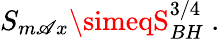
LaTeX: S_{m\mathscr{A}x}\simeqS_{BH}^{3/4}\ .